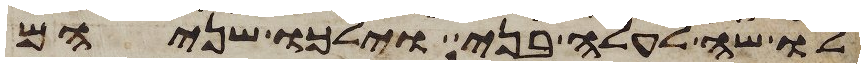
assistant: לו שה לעלה בני וילכו שניהם